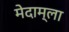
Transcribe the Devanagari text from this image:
मेदाम्ला